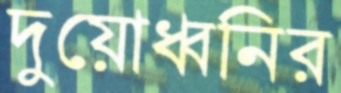
দুয়োধ্বনির